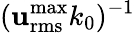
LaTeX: (\mathbf{u}_{\mathrm{{rms}}}^{\operatorname*{max}}k_{0})^{-1}